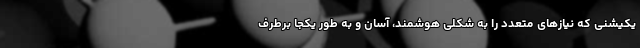
یکیشنی که نیازهای متعدد را به شکلی هوشمند، آسان و به طور یکجا برطرف